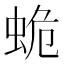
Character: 蛫